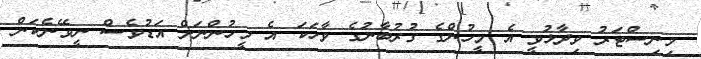
މިނިސްޓަރު ވިދާޅުވީ އެ މީހުންގެ ގުރުބާނުގެ ވާހަކަ އެ މީހުންނަށް އަޑުވެސް ނީވޭނެކަން